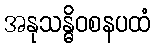
အနုသန္ဓိဝစနပထံ